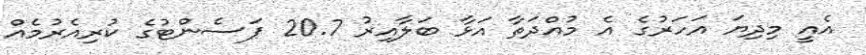
އެއީ މިދިޔަ އަހަރުގެ އެ މުއްދަތާ އަޅާ ބަލާއިރު 20.7 ޕަސެންޓުގެ ކުރިއެރުމެއް